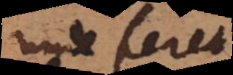
unde foret: